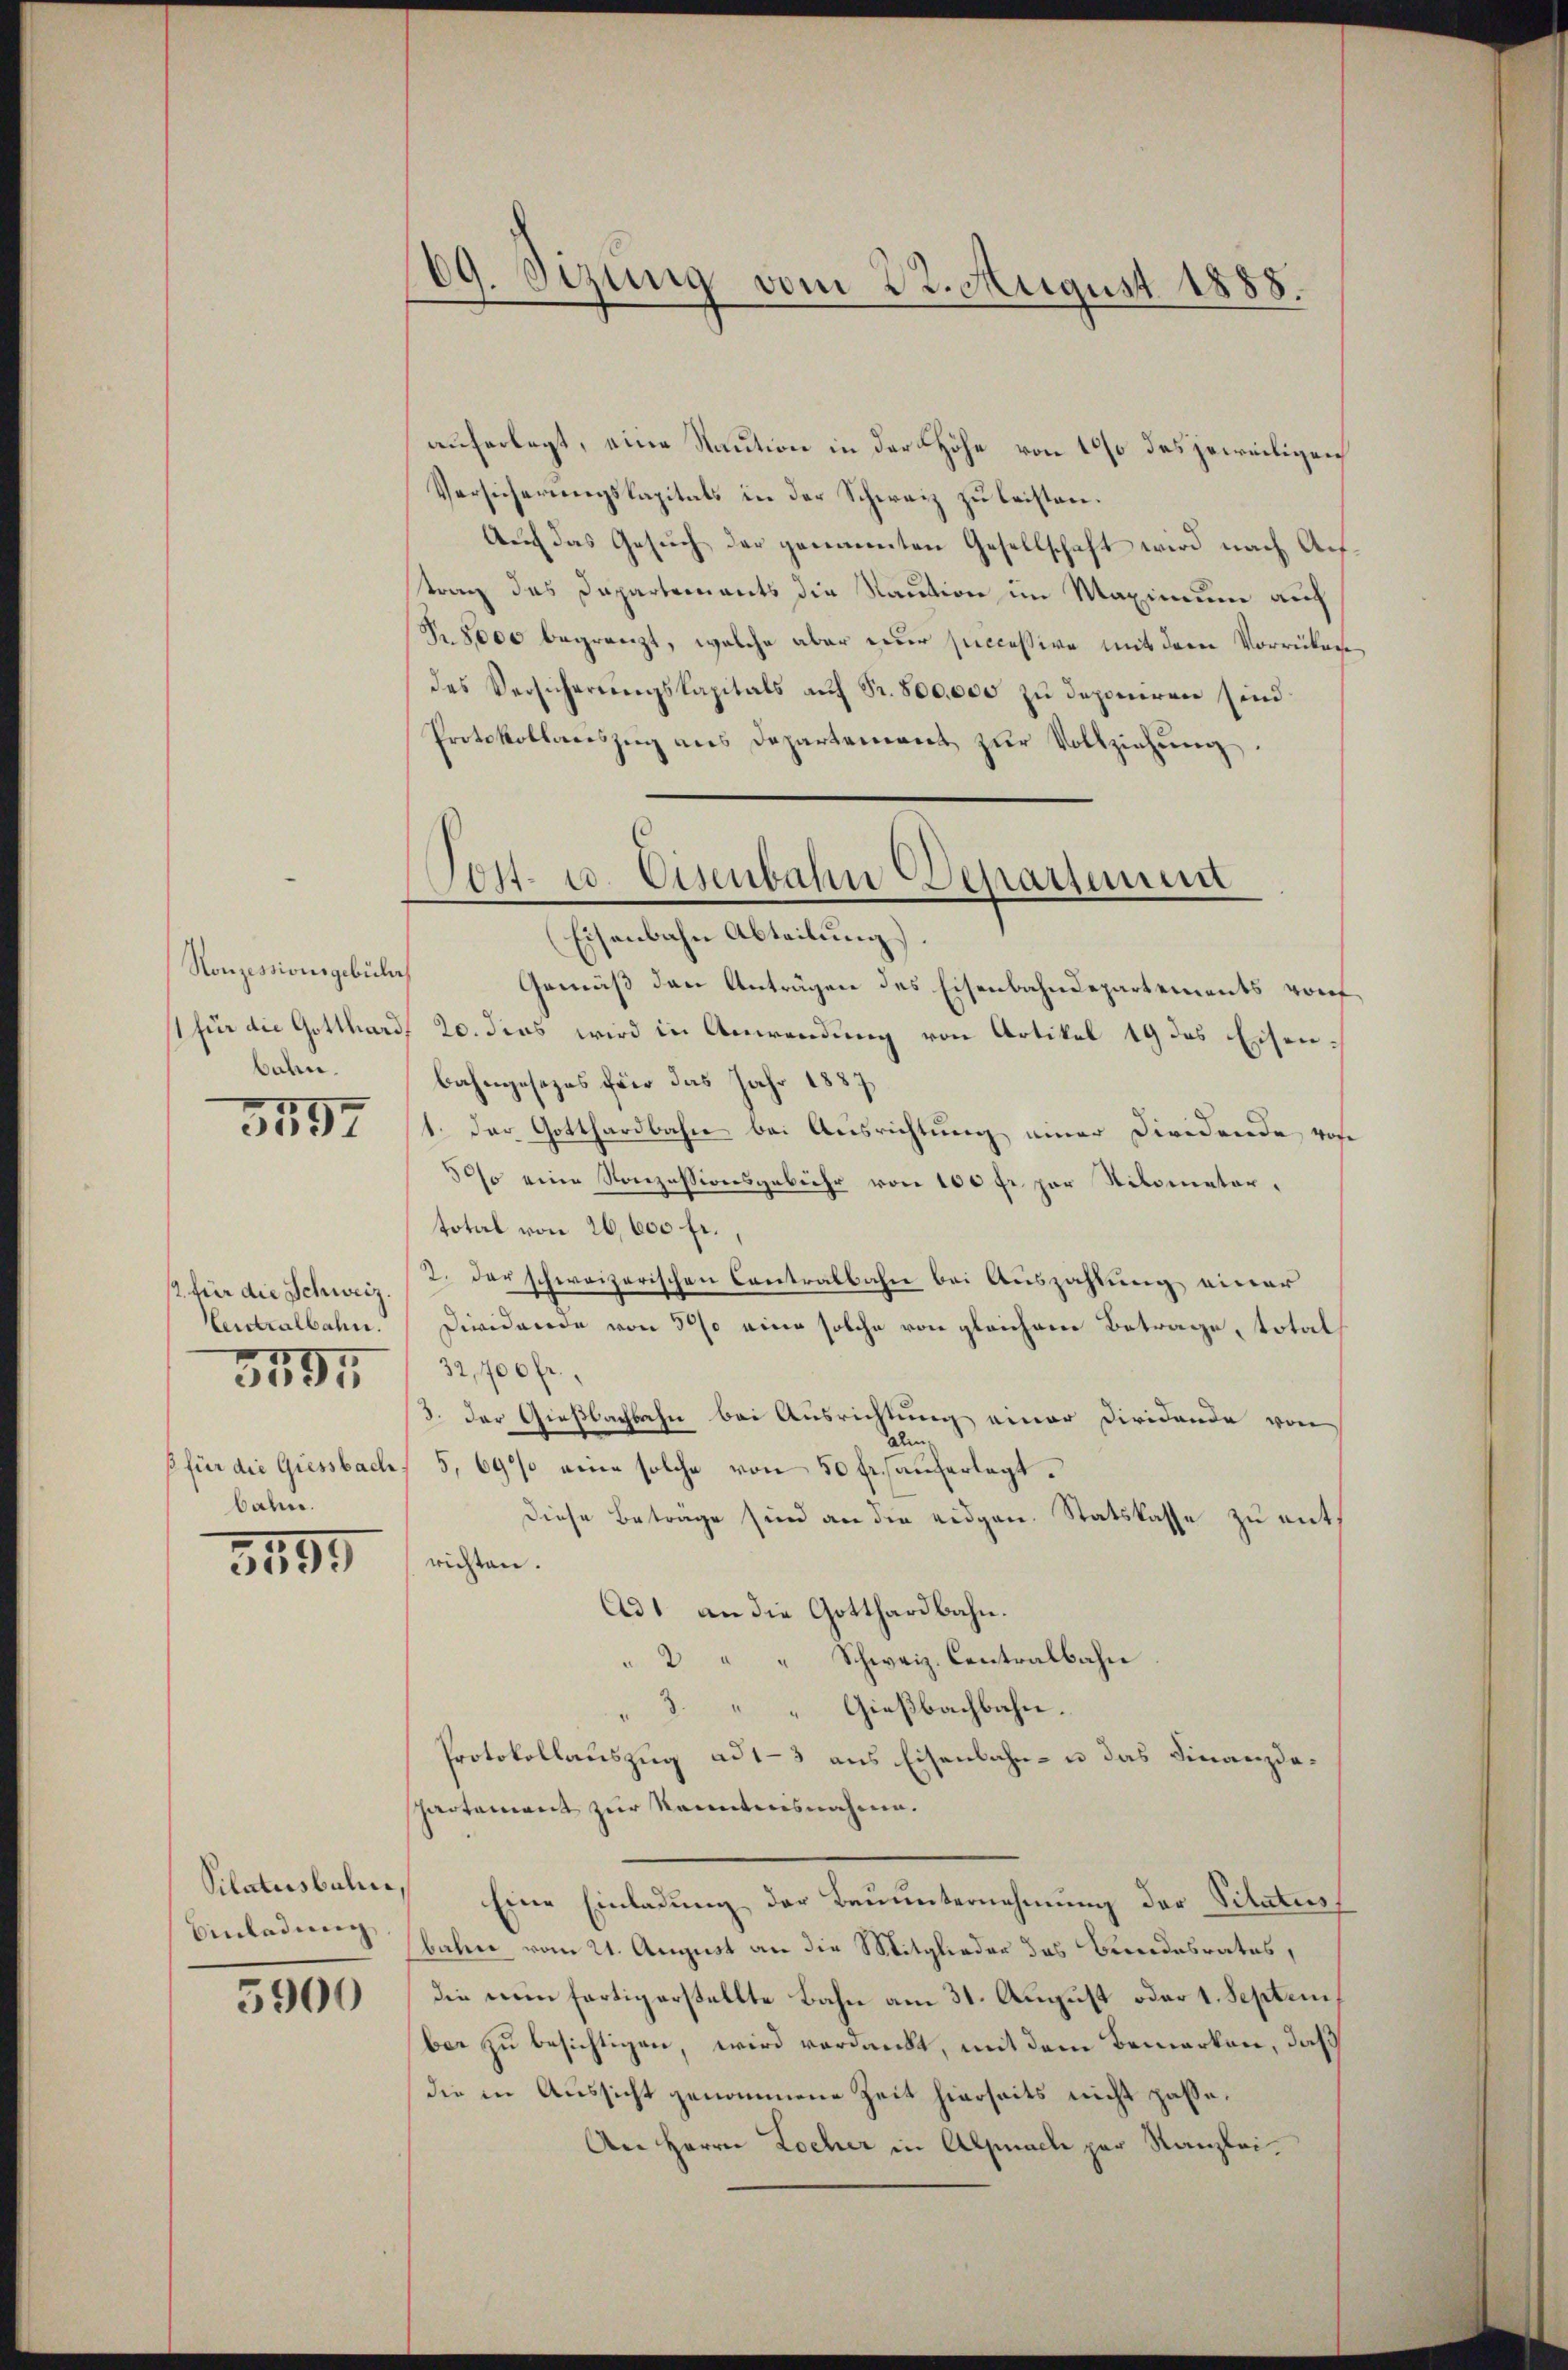
Konzessionsgebüh
1 für die Gotthard
bahn.

3597

2. für die Schweiz
Centralbahn.
3 für die Giessbach,
bahn.

3794

3899

Pilatusbuli,
Einladung

5900

09. Sezung vom 22. August 1888.

auferlegt, eine Staution in der Höhe von 10% des jeweiligen
Versicherungskapitals in der Schweiz zu leisten.
Auch das Gesuch der genannten Gesellschaft wird nach Auftrag des Dapartements die Raution im Maximum auch
Nr. 8000 begränzt, welche aber einer successive mit dem Vorrüken
des Versicherungskapitals auf Fr. 800,000 zu deponiren sind
Protokollanszŭg ans Departement zŭr Vollziehŭng.

Post- u. Eisenbahn Departemen
Eisenbahn Abteilung).

Gemäß den Anträgen des Eisenbahndepartements vorf
20. dies wird in Anwendung von Artikel 19 des Eisenbahngesezes für das Jahr 1887
1. Der Gotthardbahn bei Ausrichtung einer Dividende rose
30% eine Konzessionsgebühr von 100 fr. per Nikometer,
total von 26,600 fr.,
2. Der schweizerischen Contralbahn bei Auszahlung einer
Dividende von 50 eine solche von gleichem Betrage, total
32,700 fr.,
3. Der Gießbachbahn bei Ausrichtung einer Diridende von
alm
5, 69% eine solche von 50 fr. auferlegt.
Diese Beträge sind an die eidgen. Statskasse zu entriden.
Ad 1 an die Gotthardbahn.
2 " " Schweiz. Contralbahn
3. " " Gießbachbahn.
Protokollauszug ad 1-3 aus Eisenbahn- u das Finanzdahartement zur Kenntnisnahme.
Eine Einladung der Bauunternehmung der Pilatus
bahn vom 21. August an die Mitglieder das Brandesrates,
die ein fertigerstellte Bahn am 31. August oder 1. Septem
ber zu besichtigen, wird verdankt, mit dem Bemerken, daß
die in Aussicht genommene Zeit hierseits nicht passe.
An Herrn Locher in Alpnacle par Kanzlei.